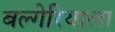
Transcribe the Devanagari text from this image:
बल्गेरियाला